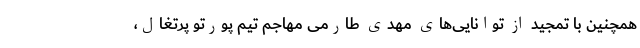
همچنین با تمجید از توانایی‌های مهدی طارمی مهاجم تیم پورتو پرتغال،